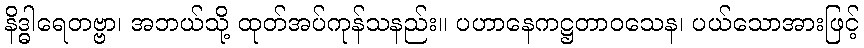
နိဒ္ဓါရေတဗ္ဗာ၊ အဘယ်သို့ ထုတ်အပ်ကုန်သနည်း။ ပဟာနေကဋ္ဌတာဝသေန၊ ပယ်သောအားဖြင့်